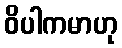
ဝိပါကမာဟု